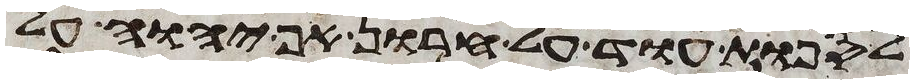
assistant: לספות עוד על חרון אף יהוה על